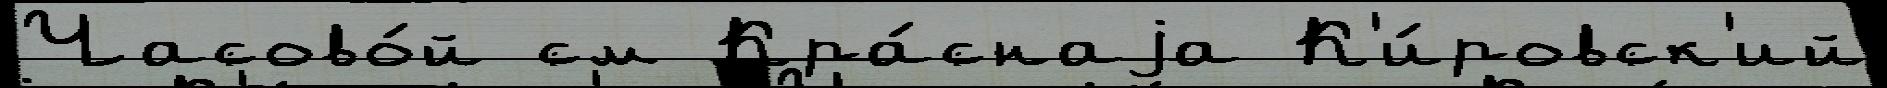
Часово́й см Кра́снаjа К'и́ровск'ий